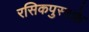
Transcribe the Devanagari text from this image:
रसिकपुस्तके